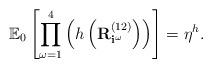
LaTeX: \begin{align*} \mathbb{E}_0 \left[ \prod_{\omega = 1}^4\left(h\left(\mathbf{R}^{(1 2)}_{\mathbf{i}^\omega} \right) \right)\right] = \eta^h.\end{align*}